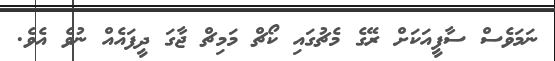
ނަމަވެސް ސާފީއަކަށް ރޭގެ މެޗުގައި ކޯޗް މަމިޗް ޖާގަ ދީފައެއް ނުވެ އެވެ.